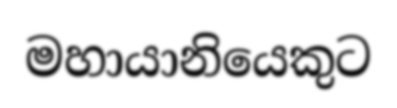
මහායානියෙකුට